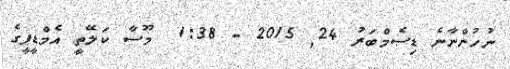
ނުހުންނާނެ ޑިސެމްބަރު 24